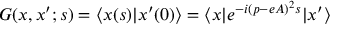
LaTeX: G ( x , x ^ { \prime } ; s ) = \langle x ( s ) | x ^ { \prime } ( 0 ) \rangle = \langle x | e ^ { - i ( p - e A ) ^ { 2 } s } | x ^ { \prime } \rangle